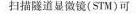
扫描隧道显微镜(STM)可